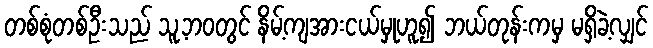
တစ်စုံတစ်ဦးသည် သူ့ဘဝတွင် နိမ့်ကျအားငယ်မှုဟူ၍ ဘယ်တုန်းကမှ မရှိခဲ့လျှင်